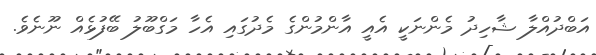
އަބްދުއްލާ ޝާހިދު މެންނަކީ އެއީ އާންމުންގެ މެދުގައި އެހާ މަގްބޫލު ބޭފުޅެއް ނޫނެެވެ.